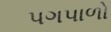
પગપાળો